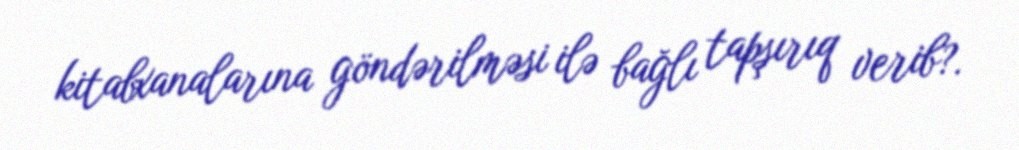
kitabxanalarına göndərilməsi ilə bağlı tapşırıq verib?.